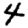
Digit: 4